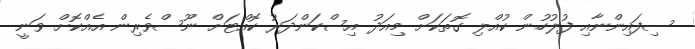
ސިފައިންނާއި ފުލުހުން ކުއްލި ގޮތަކަށް މިއަދު އިސްކަންދަރު ކޮއްޓަށް ނޫސްވެރިން އެއްކޮށް ވަނީ